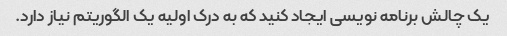
یک چالش برنامه نویسی ایجاد کنید که به درک اولیه یک الگوریتم نیاز دارد.